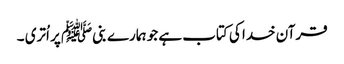
قرآن خدا کی کتاب ہے جو ہمارے بنیﷺ پر اُتری ۔